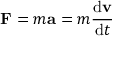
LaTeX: \mathbf { F } = m \mathbf { a } = m { \frac { \mathrm { d } \mathbf { v } } { \mathrm { d } t } }